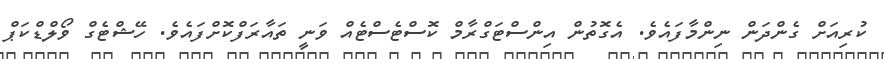
ކުރިއަށް ގެންދަން ނިންމާފައެވެ. އެގޮތުން އިންސްޓަގްރާމް ކޮސްޓެސްޓެއް ވަނީ ތައާރަފްކޮށްފައެވެ. ހޭޝްޓެގް ވޯލްޑްކަޕް